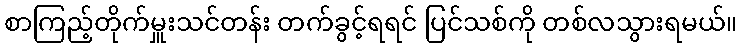
စာကြည့်တိုက်မှူးသင်တန်း တက်ခွင့်ရရင် ပြင်သစ်ကို တစ်လသွားရမယ်။